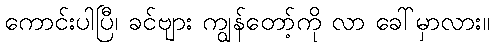
ကောင်းပါပြီ၊ ခင်ဗျား ကျွန်တော့်ကို လာ ခေါ်မှာလား။